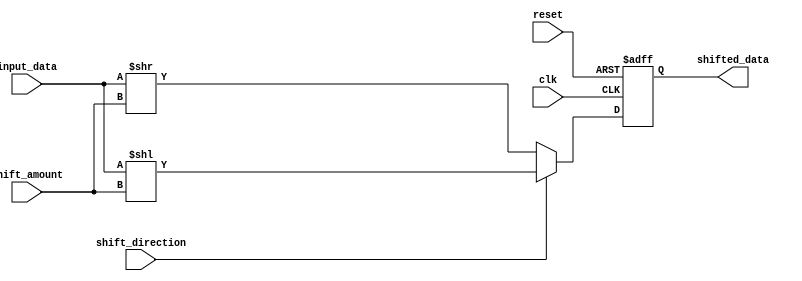
module barrel_shifter(
    input wire clk,
    input wire reset,
    input wire [7:0] input_data,
    input wire [1:0] shift_amount,
    input wire shift_direction,
    output reg [7:0] shifted_data
);

always @(posedge clk or posedge reset) begin
    if (reset) begin
        shifted_data <= 8'b0000_0000;
    end else begin
        if (shift_direction) begin
            shifted_data <= input_data << shift_amount;
        end else begin
            shifted_data <= input_data >> shift_amount;
        end
    end
end

endmodule